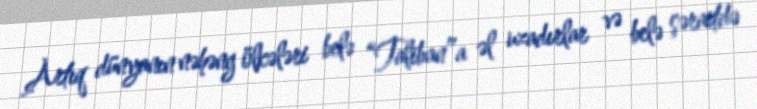
Artıq dünyanın nəhəng ölkələri belə “Taliban”a əl uzadırlar və belə şəraitdə